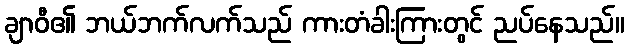
ချာဝီ၏ ဘယ်ဘက်လက်သည် ကားတံခါးကြားတွင် ညပ်နေသည်။